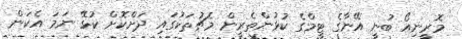
މޮރީނިއޯ ބުނީ އޭނާގެ ޓީމްގެ ކުޅުންތެރީން މެޗުތަކުގައި ދަށްކޮށް ކުޅޭ ނަމަ އެކަން